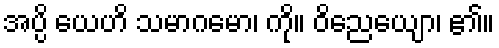
အပ္ပိ ယေဟိ သမာဂမော၊ ကို။ ဝိညေယျော၊ ၏။